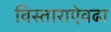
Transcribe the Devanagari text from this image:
विस्ताराऐवढा